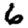
Digit: 6